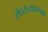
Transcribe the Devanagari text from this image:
संघराज्यामध्येच